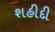
શહીદી